Report of the Imperial Institute of Veterinary Research, Muktesar
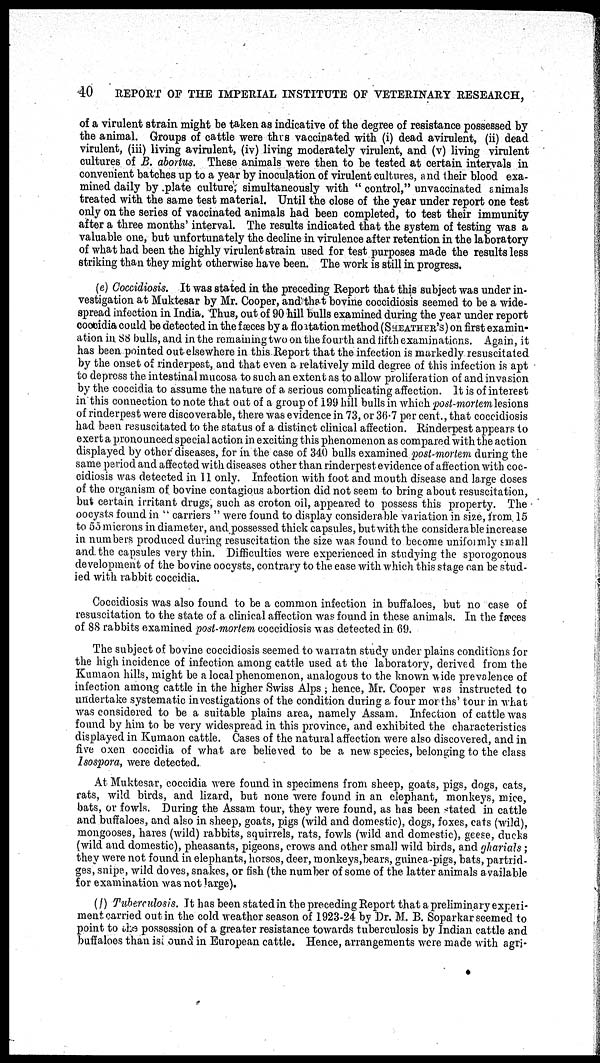
40
REPORT OF THE IMPERIAL INSTITUTE OF VETERINARY RESEARCH,
of a virulent strain might be taken as indicative of the degree of resistance possessed by
the animal. Groups of cattle were thus vaccinated with (i) dead avirulent, (ii) dead
virulent, (iii) living avirulent, (iv) living moderately virulent, and (v) living virulent
cultures of B. abortus. These animals were then to be tested at certain intervals in
convenient batches up to a year by inoculation of virulent cultures, and their blood exa-
mined daily by plate culture, simultaneously with " control," unvaccinated animals
treated with the same test material. Until the close of the year under report one test
only on the series of vaccinated animals had been completed, to test their immunity
after a three months' interval. The results indicated that the system of testing was a
valuable one, but unfortunately the decline in virulence after retention in the laboratory
of what had been the highly virulent strain used for test purposes made the results less
striking than they might otherwise have been. The work is still in progress.
(e) Coccidiosis. It was stated in the preceding Report that this subject was under in-
vestigation at Muktesar by Mr. Cooper, and that bovine coccidiosis seemed to be a wide-
spread infection in India. Thus, out of 90 hill bulls examined during the year under report
coccidia could be detected in the fæces by a floatation method (SHEATHER' S) on first examin-
ation in 88 bulls, and in the remaining two on the fourth and fifth examinations. Again, it
has been pointed out elsewhere in this Report that the infection is markedly resuscitated
by the onset of rinderpest, and that even a relatively mild degree of this infection is apt
to depress the intestinal mucosa to such an extent as to allow proliferation of and invasion
by the coccidia to assume the nature of a serious complicating affection. It is of interest
in this connection to note that out of a group of 199 hill bulls in which post-mortem lesions
of rinderpest were discoverable, there was evidence in 73, or 36.7 per cent., that coccidiosis
had been resuscitated to the status of a distinct clinical affection. Rinderpest appears to
exert a pronounced special action in exciting this phenomenon as compared with the action
displayed by other diseases, for in the case of 340 bulls examined post-mortem during the
same period and affected with diseases other than rinderpest evidence of affection with coc-
cidiosis was detected in 11 only. Infection with foot and mouth disease and large doses
of the organism of bovine contagious abortion did not seem to bring about resuscitation,
but certain irritant drugs, such as croton oil, appeared to possess this property. The
oocysts found in " carriers " were found to display considerable variation in size, from. 15
to 55 microns in diameter, and possessed thick capsules, but with the considerable increase
in numbers produced during resuscitation the size was found to become uniformly small
and. the capsules very thin. Difficulties were experienced in studying the sporogonous
development of the bovine oocysts, contrary to the ease with which this stage can be stud-
ied with rabbit coccidia.
Coccidiosis was also found to be a common infection in buffaloes, but no case of
resuscitation to the state of a clinical affection was found in these animals. In the fæces
of 88 rabbits examined post-mortem coccidiosis was detected in 69.
The subject of bovine coccidiosis seemed to warratn study under plains conditions for
the high incidence of infection among cattle used at the laboratory, derived from the
Kumaon hills, might be a local phenomenon, analogous to the known wide prevalence of
infection among cattle in the higher Swiss Alps ; hence, Mr. Cooper was instructed to
undertake systematic investigations of the condition during a four months' tour in what
was considered to be a suitable plains area, namely Assam. Infection of cattle was
found by him to be very widespread in this province, and exhibited the characteristics
displayed in Kumaon cattle. Cases of the natural affection were also discovered, and in
five oxen coccidia of what are believed to be a new species, belonging to the class
Isospora, were detected.
At Muktesar, coccidia were found in specimens from sheep, goats, pigs, dogs, cats,
rats, wild birds, and lizard, but none were found in an elephant, monkeys, mice,
bats, or fowls. During the Assam tour, they were found, as has been stated in cattle
and buffaloes, and also in sheep, goats, pigs (wild and domestic), dogs, foxes, cats (wild),
mongooses, hares (wild) rabbits, squirrels, rats, fowls (wild and domestic), geese, ducks
(wild and domestic), pheasants, pigeons, crows and other small wild birds, and gharials ;
they were not found in elephants, horses, deer, monkeys,bears, guinea-pigs, bats, partrid-
ges, snipe, wild doves, snakes, or fish (the number of some of the latter animals available
for examination was not large).
(f) Tuberculosis. It has been stated in the preceding Report that a preliminary experi-
ment carried out in the cold weather season of 1923-24 by Dr. M. B. Soparkar seemed to
point to the possession of a greater resistance towards tuberculosis by Indian cattle and
buffaloes than is found in European cattle. Hence, arrangements were made with agri¬